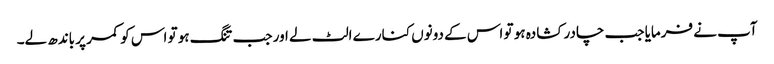
آپ نے فرمایا جب چادر کشادہ ہو تو اس کے دونوں کنارے الٹ لے اور جب تنگ ہو تو اس کو کمر پر باندھ لے۔